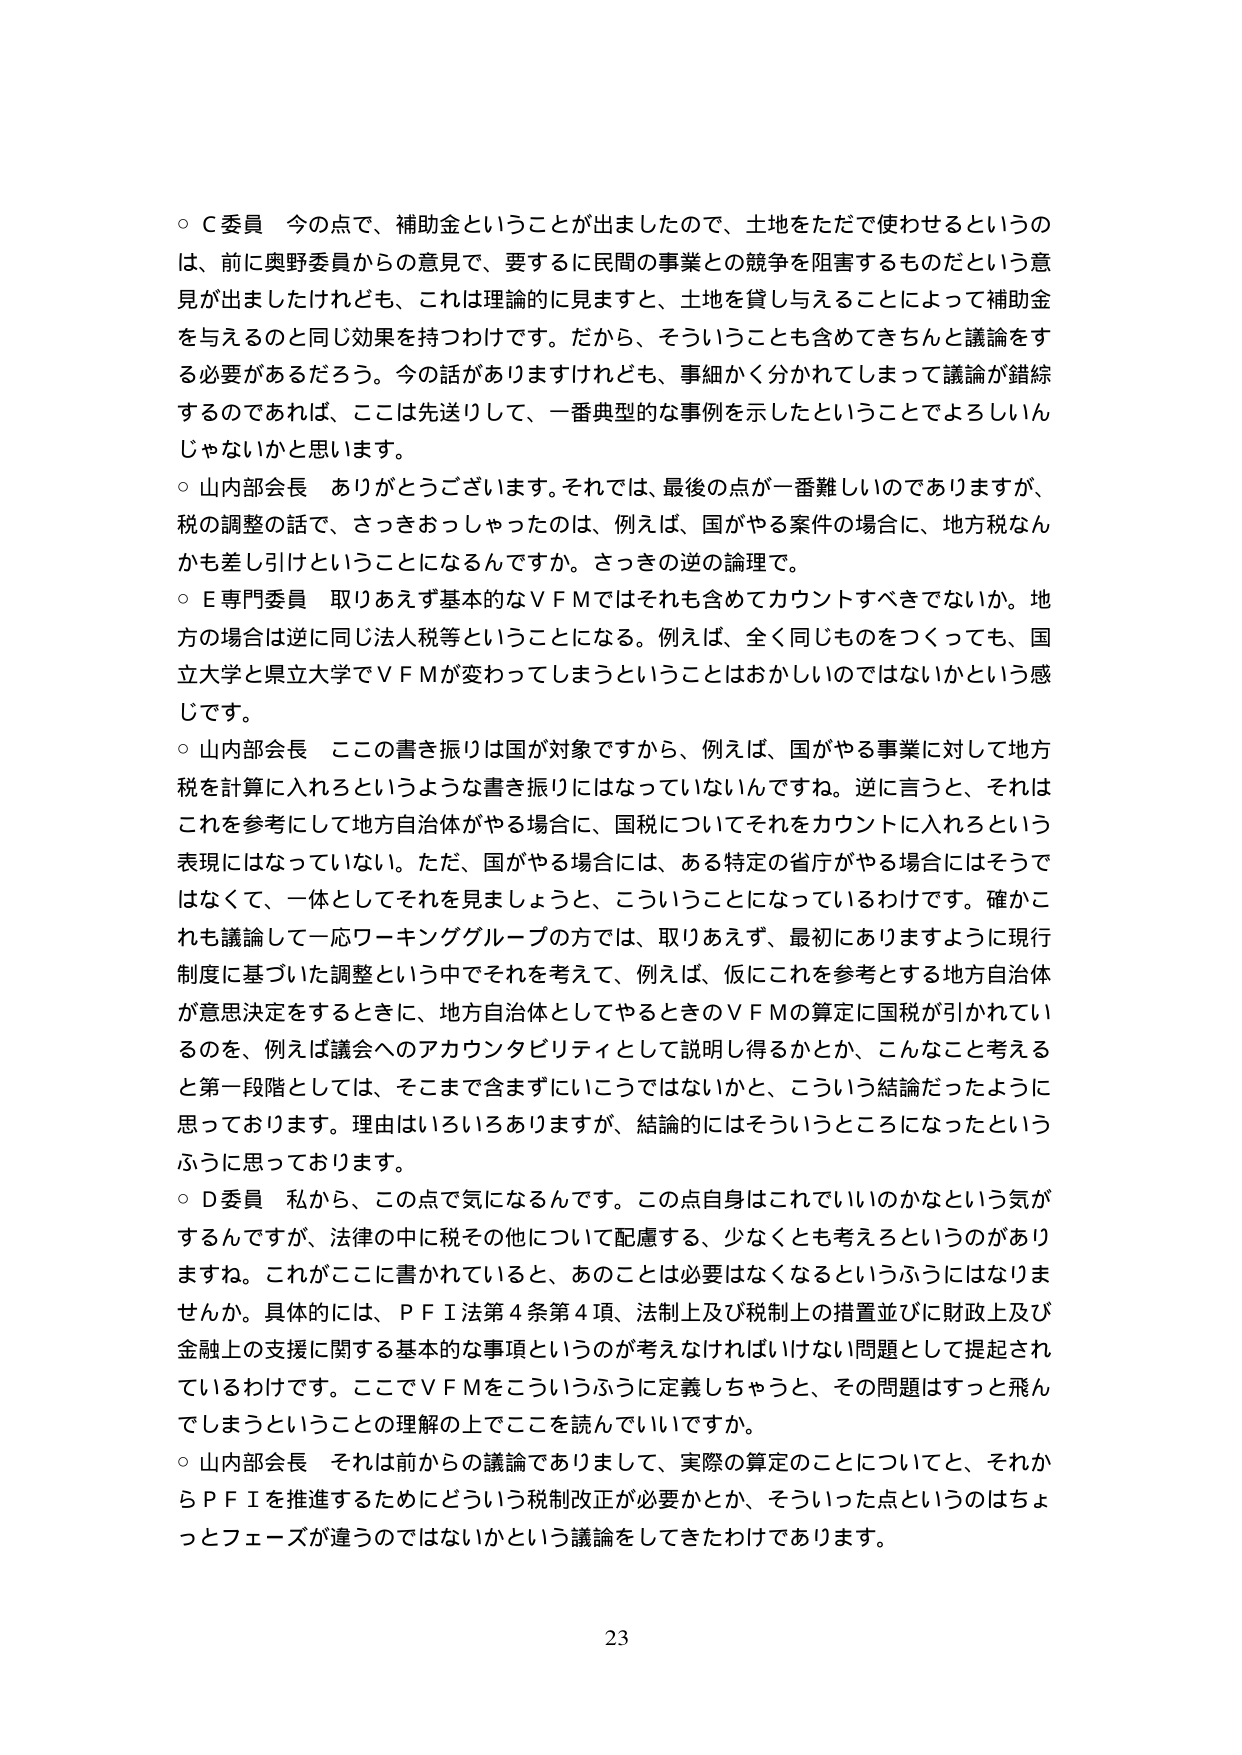
○Ｃ委員　今の点で、補助金ということが出ましたので、土地をただで使わせるというのは、前に奥野委員からの意見で、要するに民間の事業との競争を阻害するものだという意見が出ましたけれども、これは理論的に見ますと、土地を貸し与えることによって補助金を与えるのと同じ効果を持つわけです。だから、そういうことも含めてきちんと議論をする必要があるだろう。今の話がありますけれども、事細かく分かれてしまって議論が錯綜するのであれば、ここは先送りして、一番典型的な事例を示したということでよろしいんじゃないかと思います。

○山内部会長　ありがとうございます。それでは、最後の点が一番難しいのでありますが、税の調整の話で、さっきおっしゃったのは、例えば、国がやる案件の場合に、地方税なんかも差し引けということになるんですか。さっきの逆の論理で。

○Ｅ専門委員　取りあえず基本的なＶＦＭではそれも含めてカウントすべきでないか。地方の場合は逆に同じ法人税等ということになる。例えば、全く同じものをつくっても、国立大学と県立大学でＶＦＭが変わってしまうということはおかしいのではないかという感じです。

○山内部会長　ここの書き振りは国が対象ですから、例えば、国がやる事業に対して地方税を計算に入れろというような書き振りにはなっていないんですね。逆に言うと、それはこれを参考にして地方自治体がやる場合に、国税についてそれをカウントに入れろという表現にはなっていない。ただ、国がやる場合には、ある特定の省庁がやる場合にはそうではなくて、一体としてそれを見ましょうと、こういうことになっているわけです。確かこれも議論して一応ワーキンググループの方では、取りあえず、最初にありますように現行制度に基づいた調整という中でそれを考えて、例えば、仮にこれを参考とする地方自治体が意思決定をするときに、地方自治体としてやるときのＶＦＭの算定に国税が引かれているのを、例えば議会へのアカウンタビリティとして説明し得るかとか、こんなこと考えると第一段階としては、そこまで含まずにいこうではないかと、こういう結論だったように思っております。理由はいろいろありますが、結論的にはそういうところになったというふうに思っております。

○Ｄ委員　私から、この点で気になるんです。この点自身はこれでいいのかなという気がするんですが、法律の中に税その他について配慮する、少なくとも考えるというのがありますね。これがここに書かれていると、あのことは必要はなくなるというふうにはなりませんか。具体的には、ＰＦＩ法第４条第４項、法制上及び税制上の措置並びに財政上及び金融上の支援に関する基本的な事項というのが考えなければならない問題として提起されているわけです。ここでＶＦＭをこういうふうに定義しちゃうと、その問題はすっと飛んでしまうということの理解の上でここを読んでいいですか。

○山内部会長　それは前からの議論でありまして、実際の算定のことについてと、それからＰＦＩを推進するためにどういう税制改正が必要かとか、そういった点というのはちょっとフェーズが違うのではないかという議論をしてきたわけであります。

23